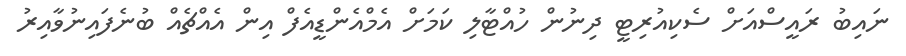
ނައިބު ރައީސްއަށް ސެކިއުރިޓީ ދިނުން ހުއްޓާލި ކަމަށް އެމްއެންޑީއެފް އިން އެއްޗެއް ބުނެފައިނުވާއިރު